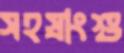
সহস্রাংশু